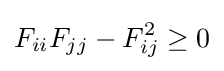
F_{ii}F_{jj}-F_{ij}^{2}\geq 0